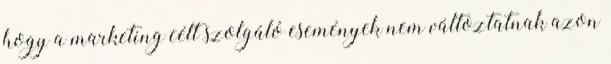
hogy a marketing célt szolgáló események nem változtatnak azon